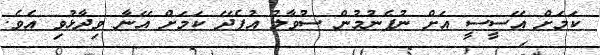
ކަމަށް އޭސީސީ އަށް ނުފެނުމުން ސުވާލު އުފެދޭ ކަމަށް އޭނާ ވިދާޅުވި އެވެ.